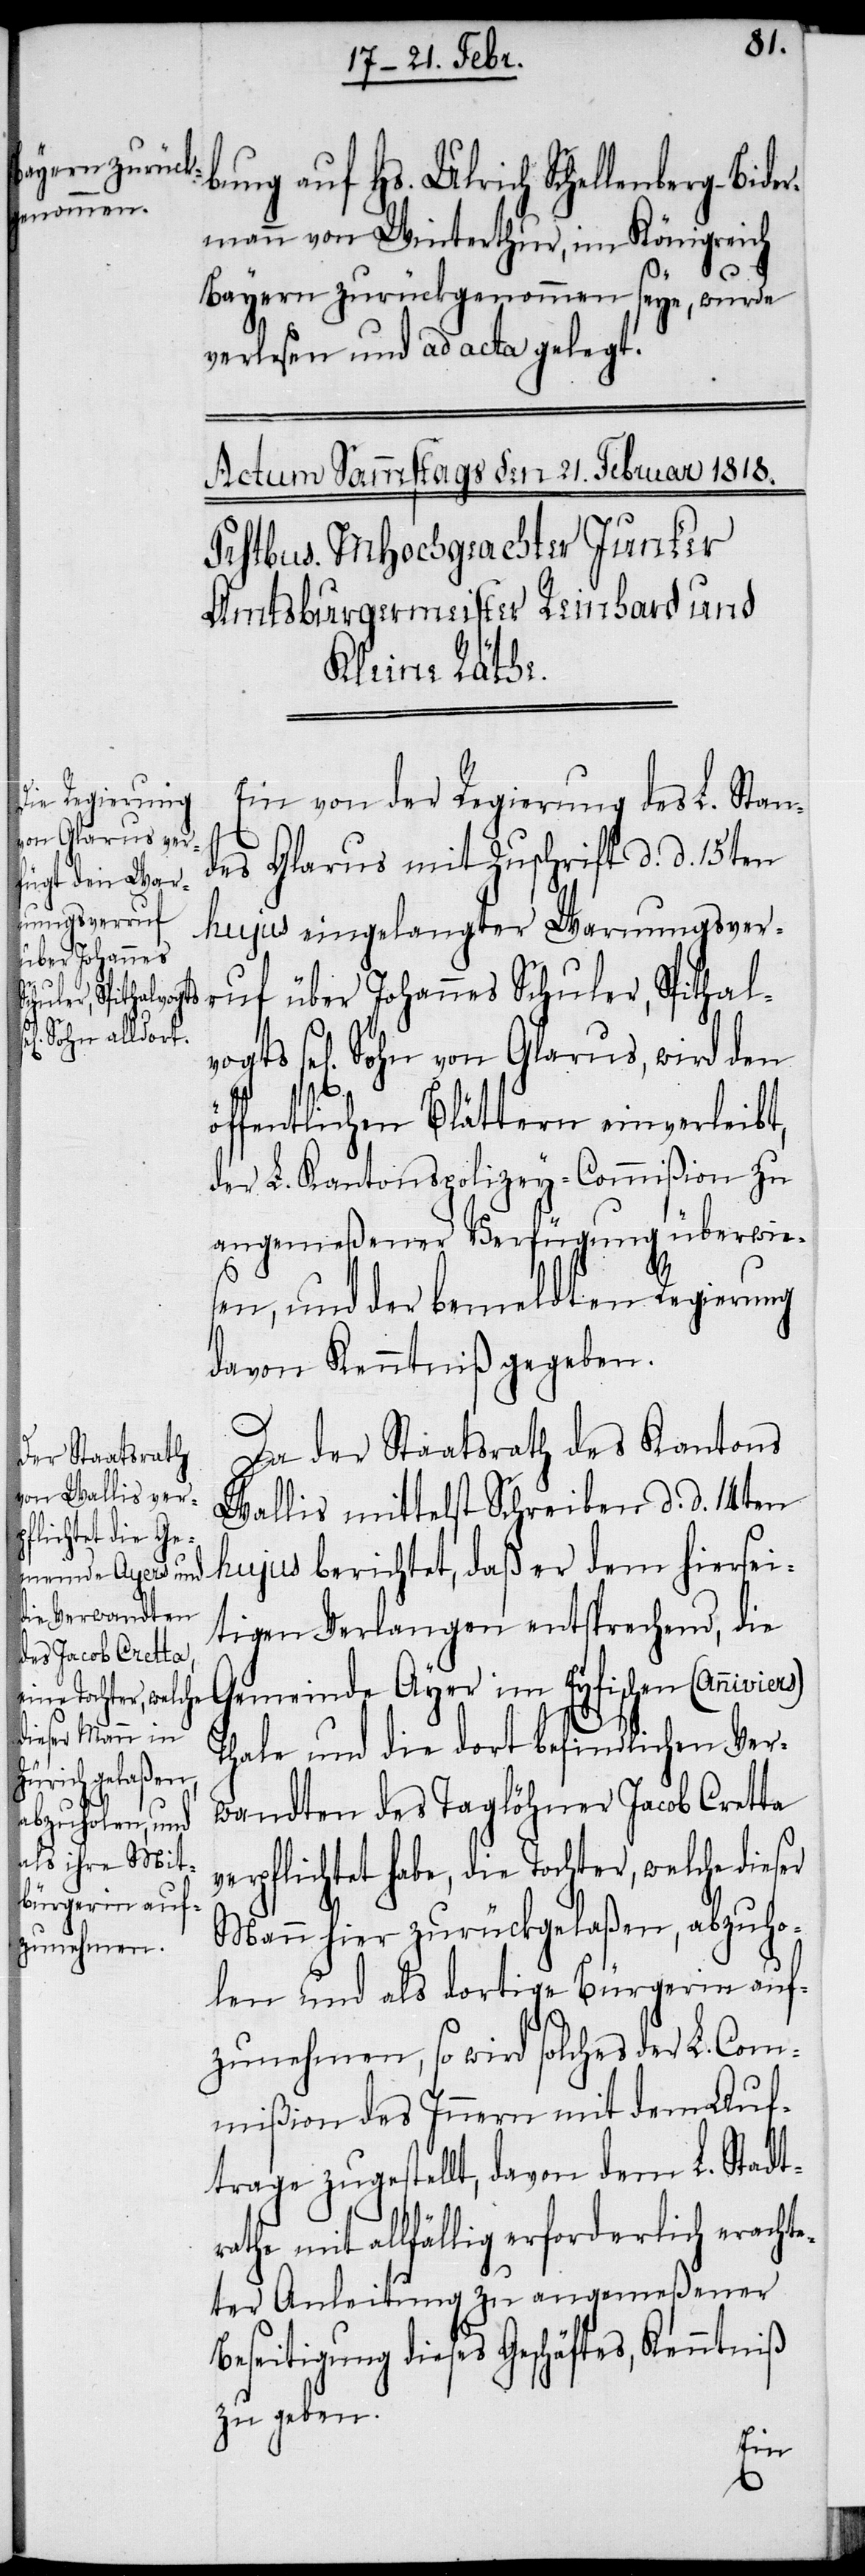
bung auf Hs. Ulrich Schellenberg-Bide¬
rmann von Winterthur, im Königreich
Bayern zurückgenommen seye, wurde
verlesen und ad acta gelegt.
Ein von der Regierung des L. Stan¬
des Glarus mit Zuschrift d. d. 15ten
hujus eingelangter Warnungsver¬
vogts
ruf über Johannes Schuler, Spithal¬
sel[ig] Sohn von Glarus, wird den
öffentlichen Blättern einverleibt,
der L. Kantonspolizey-Commißion zu
angemeßener Verfügung überwie¬
sen, und der bemeldten Regierung
davon Kenntniß gegeben.
Da der Staatsrath des Kantons
Wallis mittelst Schreiben d. d. 14ten
hujus berichtet, daß er dem hiersei¬
tigen Verlangen entsprechend, die
Gemeinde Ayer im Eyfischen (Annivie¬
Thale und die dort befindlichen Ver¬
v¬
wandten des Taglöhner Jacob Cretta
erpflichtet habe, die Tochter, welche dieser
Mann hier zurückgelaßen, abzuho¬
len und als dortige Bürgerin auf¬
zunehmen, so wird solches der L. Com¬
mißion des Innern mit dem Auf¬
trage zugestellt, davon dem L. Stadtr¬
athe mit allfällig erforderlich erachte¬
ter Anleitung zu angemeßener
Beseitigung dieses Geschäftes, Kenntniß
zu geben.